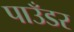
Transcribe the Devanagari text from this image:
पाउँडर